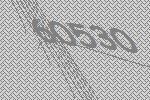
60530